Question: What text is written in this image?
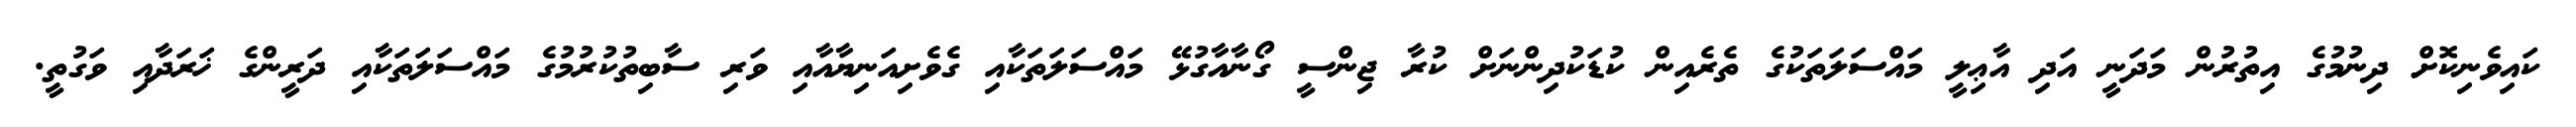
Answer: ކައިވެނިކޮށް ދިނުމުގެ އިތުރުން މަދަނީ އަދި އާޢިލީ މައްސަލަތަކުގެ ތެރެއިން ކުޑަކުދިންނަށް ކުރާ ޖިންސީ ގޯނާއާގުޅޭ މައްސަލަތަކާއި ގެވެށިއަނިޔާއާއި ވަރި ސާބިތުކުރުމުގެ މައްސަލަތަކާއި ދަރީންގެ ޚަރަދާއި ވަގުތީ.